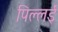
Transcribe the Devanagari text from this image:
पिल्‍लई